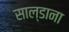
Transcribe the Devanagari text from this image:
साल्डाना